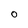
Character: O